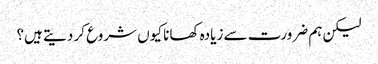
لیکن ہم ضرورت سے زیادہ کھانا کیوں شروع کر دیتے ہیں؟